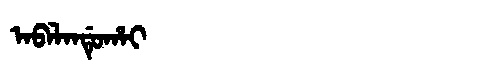
Manchu: ᠠᠪᠠᠯᠠᠨᡩᡠᡥᠠᡳ
Romanization: ABALANDUHAI